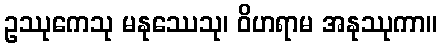
ဥဿုကေသု မနုဿေသု၊ ဝိဟရာမ အနုဿုကာ။